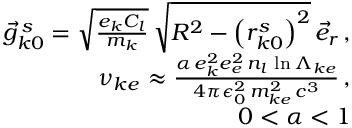
\begin{array} { r l r } & { } & { \vec { g } _ { k 0 } ^ { \, s } = \sqrt { \frac { e _ { k } C _ { l } } { m _ { k } } } \, \sqrt { R ^ { 2 } - \left( r _ { k 0 } ^ { s } \right) ^ { 2 } } \, \vec { e } _ { r } \, , } \\ & { } & { \nu _ { k e } \approx \frac { \alpha \, e _ { k } ^ { 2 } e _ { e } ^ { 2 } \, n _ { l } \, \ln \Lambda _ { k e } } { 4 \pi \epsilon _ { 0 } ^ { 2 } \, m _ { k e } ^ { 2 } \, c ^ { 3 } } \, , } \\ & { } & { 0 < \alpha < 1 } \end{array}